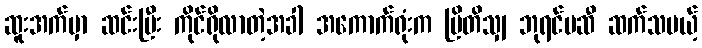
ဆူးအက်မှာ ဆင်းပြီး ကိုင်ရိုလာတဲ့အခါ အကောက်ရုံးက ဗြိတိသျှ ဘုရင်မဆီ ဆက်သမယ့်